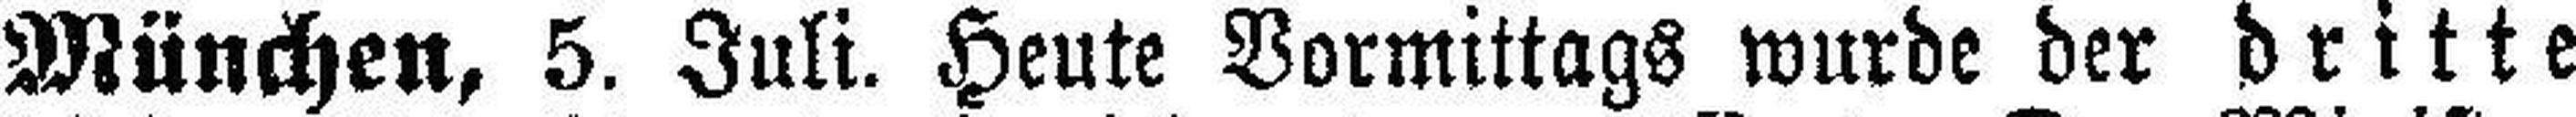
München, 5. Juli. Heute Vormittags wurde der dritte